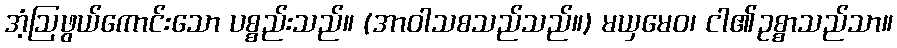
အံ့ဩဖွယ်ကောင်းသော ပစ္စည်းသည်။ (အာဝါသစသည်သည်။) မယှမေဝ၊ ငါ၏ဥစ္စာသည်သာ။